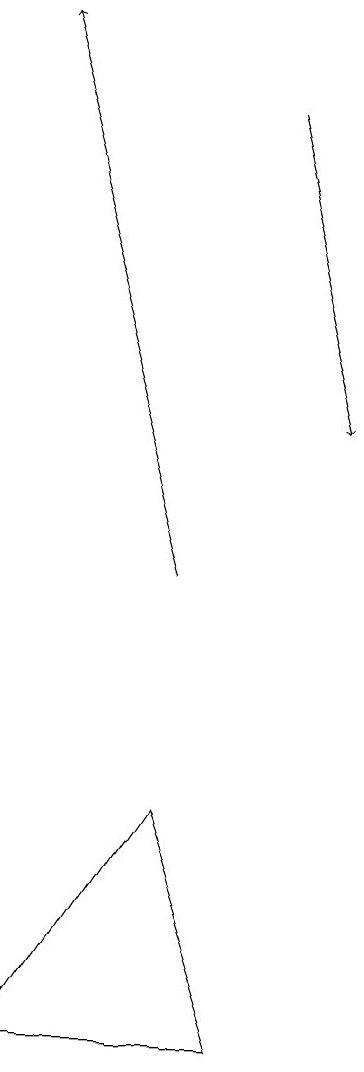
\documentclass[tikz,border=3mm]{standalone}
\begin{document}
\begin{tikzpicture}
\draw[->] (7,12) -- (5,19);
\draw (7,9) -- (5,6) -- (8,6) -- cycle;
\draw[->] (8,18) -- (9,14);
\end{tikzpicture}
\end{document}